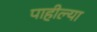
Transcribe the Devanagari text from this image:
पाहील्या